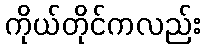
ကိုယ်တိုင်ကလည်း